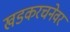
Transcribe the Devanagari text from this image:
खडकरचनेवर